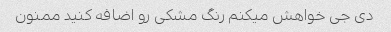
دی جی خواهش میکنم رنگ مشکی رو اضافه کنید ممنون